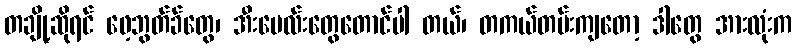
တချို့ဆိုရင် ဖေ့ဘွတ်ခ်တွေ၊ အီးမေလ်းတွေတောင်ပါ တယ်၊ တကယ်တမ်းကျတော့ ဒါတွေ အားလုံးက